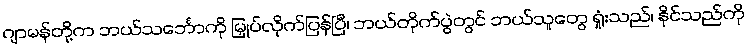
ဂျာမန်တို့က ဘယ်သင်္ဘောကို မြှုပ်လိုက်ပြန်ပြီ၊ ဘယ်တိုက်ပွဲတွင် ဘယ်သူတွေ ရှုံးသည်၊ နိုင်သည်ကို